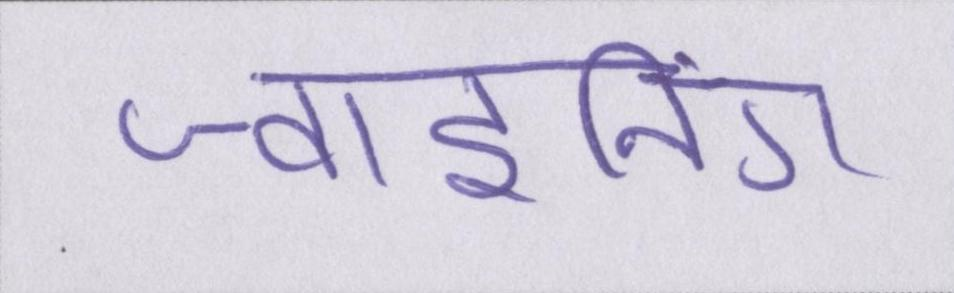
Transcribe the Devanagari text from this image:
ज्वाइनिंग